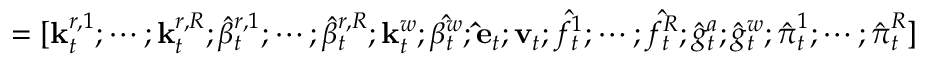
= [ \mathbf { k } _ { t } ^ { r , 1 } ; \cdots ; \mathbf { k } _ { t } ^ { r , R } ; { \hat { \beta } } _ { t } ^ { r , 1 } ; \cdots ; { \hat { \beta } } _ { t } ^ { r , R } ; \mathbf { k } _ { t } ^ { w } ; { \hat { \beta _ { t } ^ { w } } } ; \mathbf { \hat { e } } _ { t } ; \mathbf { v } _ { t } ; { \hat { f _ { t } ^ { 1 } } } ; \cdots ; { \hat { f _ { t } ^ { R } } } ; { \hat { g } } _ { t } ^ { a } ; { \hat { g } } _ { t } ^ { w } ; { \hat { \boldsymbol { \pi } } } _ { t } ^ { 1 } ; \cdots ; { \hat { \boldsymbol { \pi } } } _ { t } ^ { R } ]